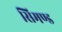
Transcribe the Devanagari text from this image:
सिमण्ड